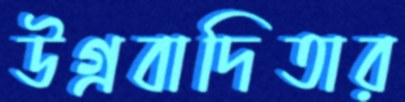
উগ্রবাদিতার